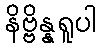
နိဗ္ဗိန္နရူပါ